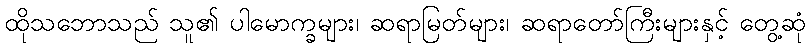
ထိုသဘောသည် သူ၏ ပါမောက္ခများ၊ ဆရာမြတ်များ၊ ဆရာတော်ကြီးများနှင့် တွေ့ဆုံ